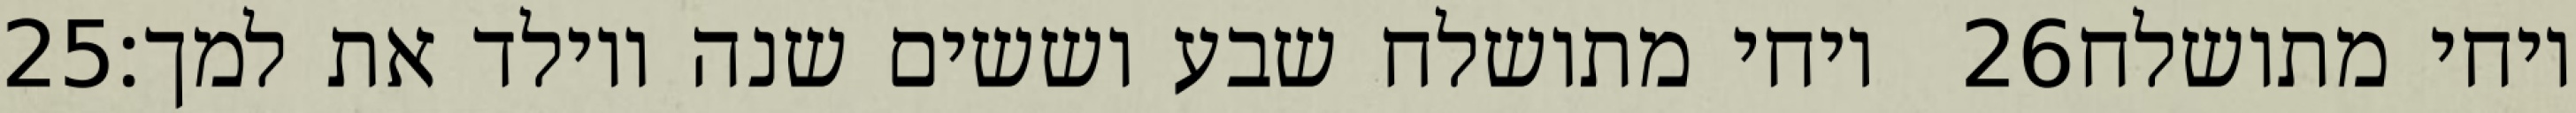
‎25‏ ויחי מתושלח שבע וששים שנה ויולד את למך׃ ‎26‏ ויחי מתושלח